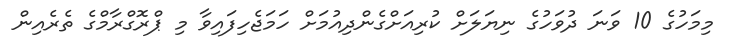
މިމަހުގެ 10 ވަނަ ދުވަހުގެ ނިޔަލަށް ކުރިއަށްގެންދިއުމަށް ހަމަޖެހިފައިވާ މި ޕްރޮގްރާމްގެ ތެރެއިން